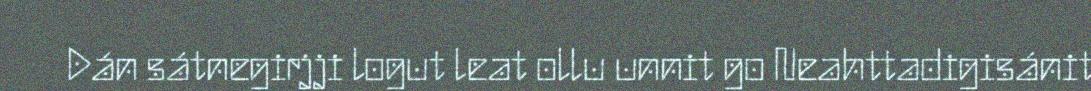
Dán sátnegirjji logut leat ollu unnit go Neahttadigisánit